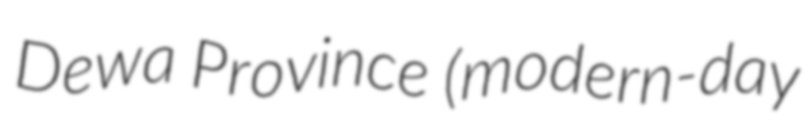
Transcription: Dewa Province (modern-day